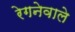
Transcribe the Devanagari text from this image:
रेगनेवाले